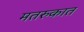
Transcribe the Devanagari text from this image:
मतरुकात